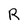
Character: R